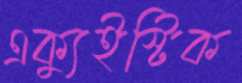
এক্যুইস্টিক